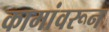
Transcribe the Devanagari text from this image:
कामांवरून